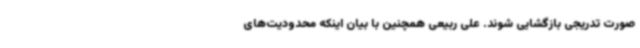
صورت تدریجی بازگشایی شوند. علی ربیعی همچنین با بیان اینکه محدودیت‌های